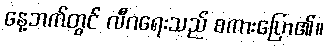
နေ့ဘက်တွင် လီဂရေးသည် စကားပြော၏။